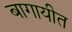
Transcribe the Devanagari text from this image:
बागायीत